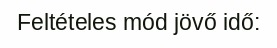
Feltételes mód jövő idő: